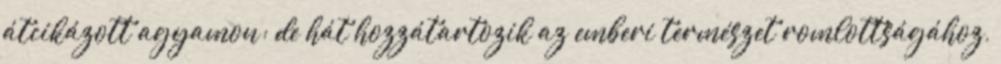
átcikázott agyamon; de hát hozzátartozik az emberi természet romlottságához,